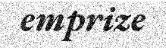
emprize